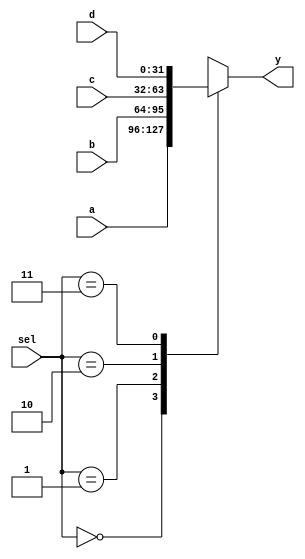
`timescale 1ns / 1ps
module mux4 #(parameter WIDTH = 32)
(
    input [WIDTH-1:0] a,
    input [WIDTH-1:0] b,
    input [WIDTH-1:0] c,
    input [WIDTH-1:0] d,
    input [1:0] sel,
    output reg [WIDTH-1:0] y
);
always @(*) begin
    case (sel)
        0: y=a;
        1: y=b;
        2: y=c;
        3: y=d;
        default:; 
    endcase
end
endmodule // mux4